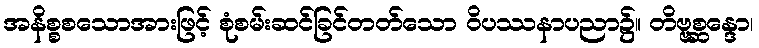
အနိစ္စစသောအားဖြင့် စုံစမ်းဆင်ခြင်တတ်သော ဝိပဿနာပညာ၌။ တိဗ္ဗစ္ဆန္ဒော၊